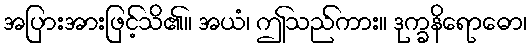
အပြားအားဖြင့်သိ၏။ အယံ၊ ဤသည်ကား။ ဒုက္ခနိရောဓော၊